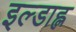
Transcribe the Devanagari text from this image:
इल्डाह्ल